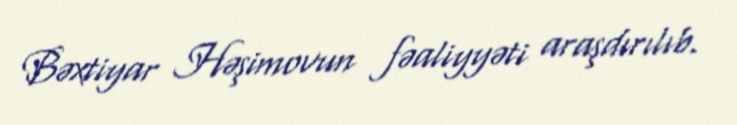
Bəxtiyar Həşimovun fəaliyyəti araşdırılıb.